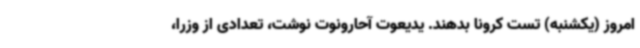
امروز (یکشنبه) تست کرونا بدهند. یدیعوت آحارونوت نوشت، تعدادی از وزرا،